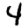
Digit: 4